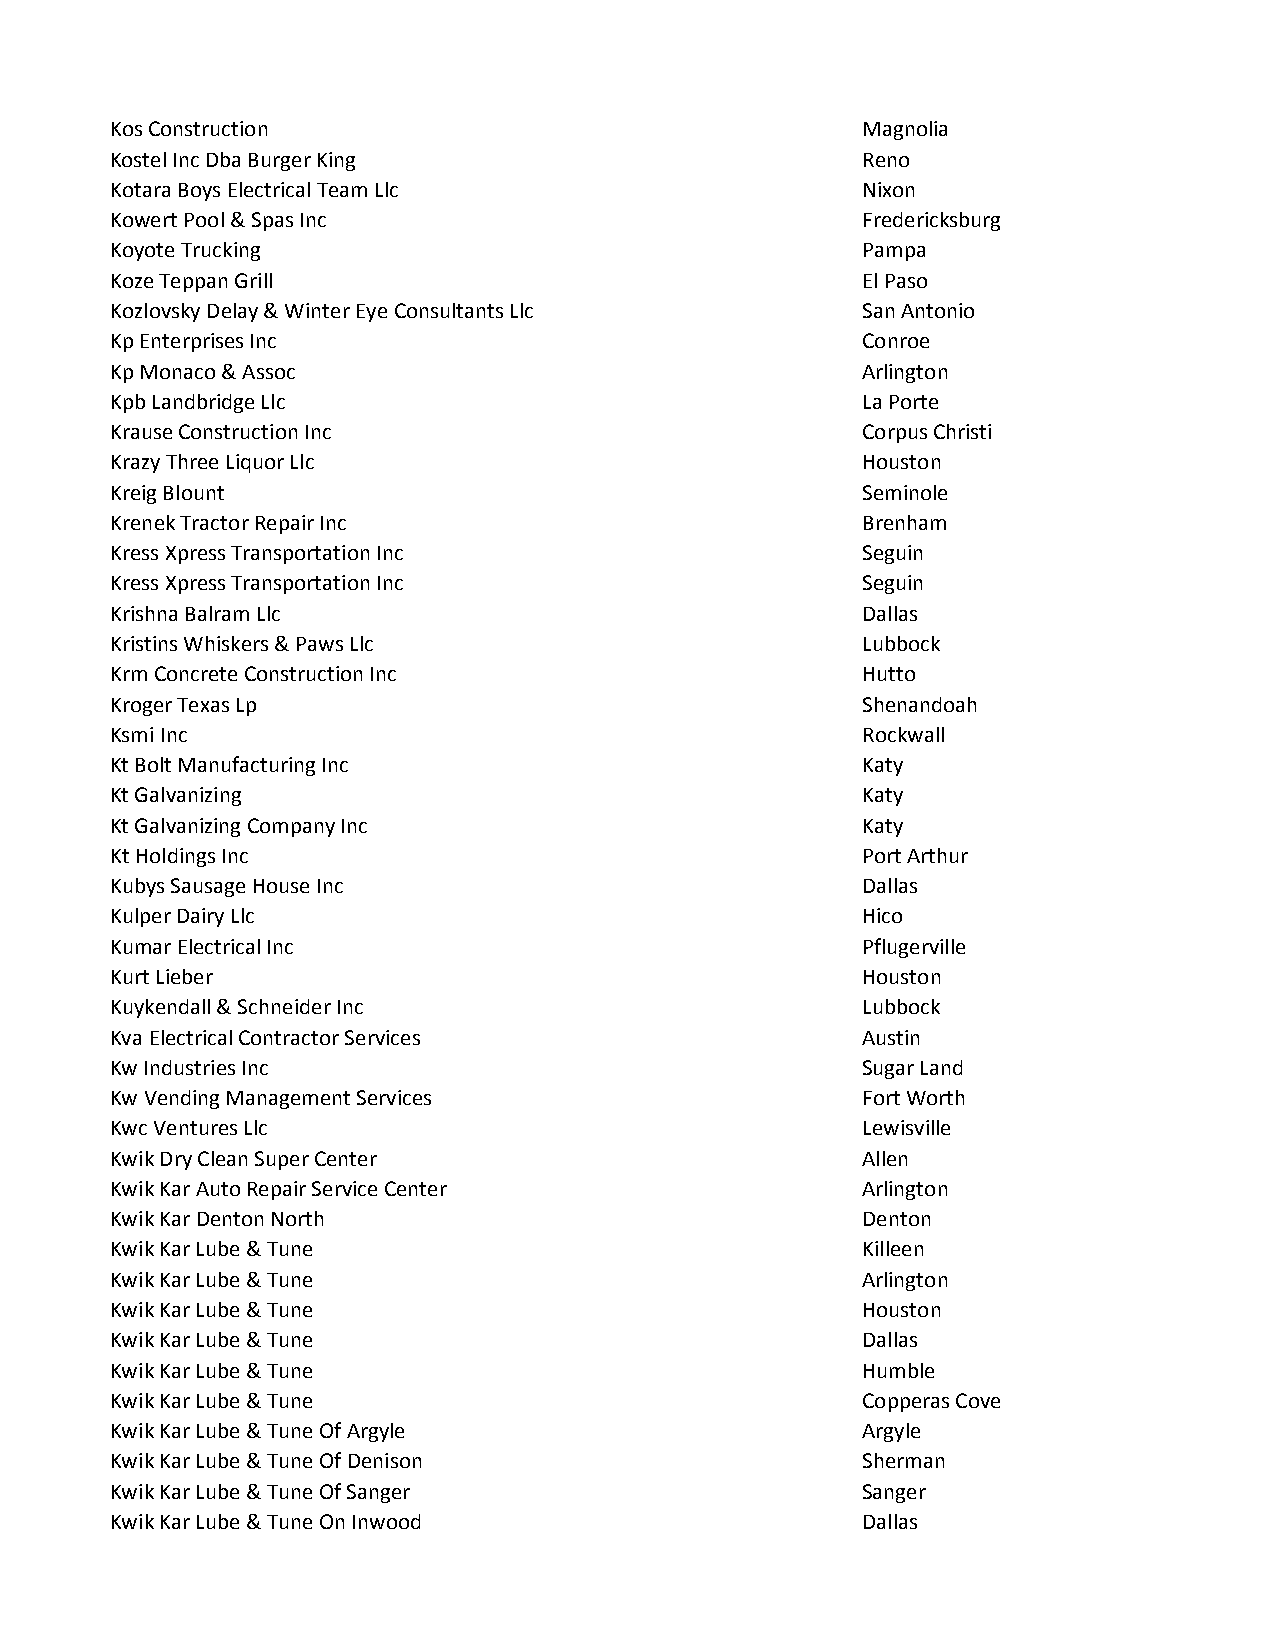
Kos Construction                                  Magnolia
 Kostel Inc Dba Burger King                        Reno
 Kotara Boys Electrical Team Llc                   Nixon
 Kowert Pool & Spas Inc                            Fredericksburg
 Koyote Trucking                                   Pampa
 Koze Teppan Grill                                 El Paso
 Kozlovsky Delay & Winter Eye Consultants Llc      San Antonio
 Kp Enterprises Inc                                Conroe
 Kp Monaco & Assoc                                 Arlington
 Kpb Landbridge Llc                                La Porte
 Krause Construction Inc                           Corpus Christi
 Krazy Three Liquor Llc                            Houston
 Kreig Blount                                      Seminole
 Krenek Tractor Repair Inc                         Brenham
 Kress Xpress Transportation Inc                   Seguin
 Kress Xpress Transportation Inc                   Seguin
 Krishna Balram Llc                                Dallas
 Kristins Whiskers & Paws Llc                      Lubbock
 Krm Concrete Construction Inc                     Hutto
 Kroger Texas Lp                                   Shenandoah
 Ksmi Inc                                          Rockwall
 Kt Bolt Manufacturing Inc                         Katy
 Kt Galvanizing                                    Katy
 Kt Galvanizing Company Inc                        Katy
 Kt Holdings Inc                                   Port Arthur
 Kubys Sausage House Inc                           Dallas
 Kulper Dairy Llc                                  Hico
 Kumar Electrical Inc                              Pflugerville
 Kurt Lieber                                       Houston
 Kuykendall & Schneider Inc                        Lubbock
 Kva Electrical Contractor Services                Austin
 Kw Industries Inc                                 Sugar Land
 Kw Vending Management Services                    Fort Worth
 Kwc Ventures Llc                                  Lewisville
 Kwik Dry Clean Super Center                       Allen
 Kwik Kar Auto Repair Service Center               Arlington
 Kwik Kar Denton North                             Denton
 Kwik Kar Lube & Tune                              Killeen
 Kwik Kar Lube & Tune                              Arlington
 Kwik Kar Lube & Tune                              Houston
 Kwik Kar Lube & Tune                              Dallas
 Kwik Kar Lube & Tune                              Humble
 Kwik Kar Lube & Tune                              Copperas Cove
 Kwik Kar Lube & Tune Of Argyle                    Argyle
 Kwik Kar Lube & Tune Of Denison                   Sherman
 Kwik Kar Lube & Tune Of Sanger                    Sanger
 Kwik Kar Lube & Tune On Inwood                    Dallas